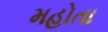
મહોતા